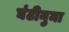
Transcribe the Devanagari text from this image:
घंटीनुमा